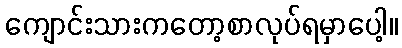
ကျောင်းသားကတော့စာလုပ်ရမှာပေါ့။